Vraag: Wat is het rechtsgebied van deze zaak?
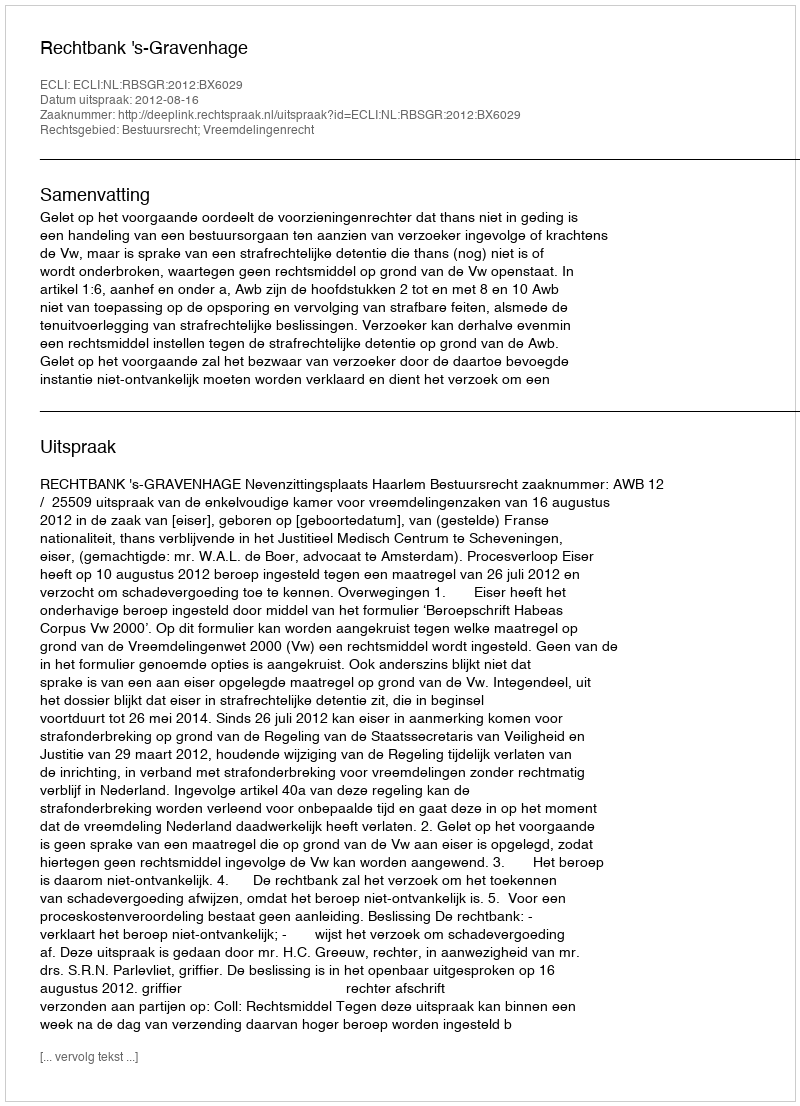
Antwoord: Bestuursrecht; Vreemdelingenrecht